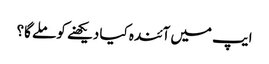
ایپ میں آئندہ کیا دیکھنے کو ملے گا؟